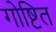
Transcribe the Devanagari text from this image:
गोष्टित